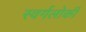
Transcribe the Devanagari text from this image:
स्वर्गलोकी